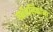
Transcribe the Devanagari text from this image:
गर्भनलिकांना